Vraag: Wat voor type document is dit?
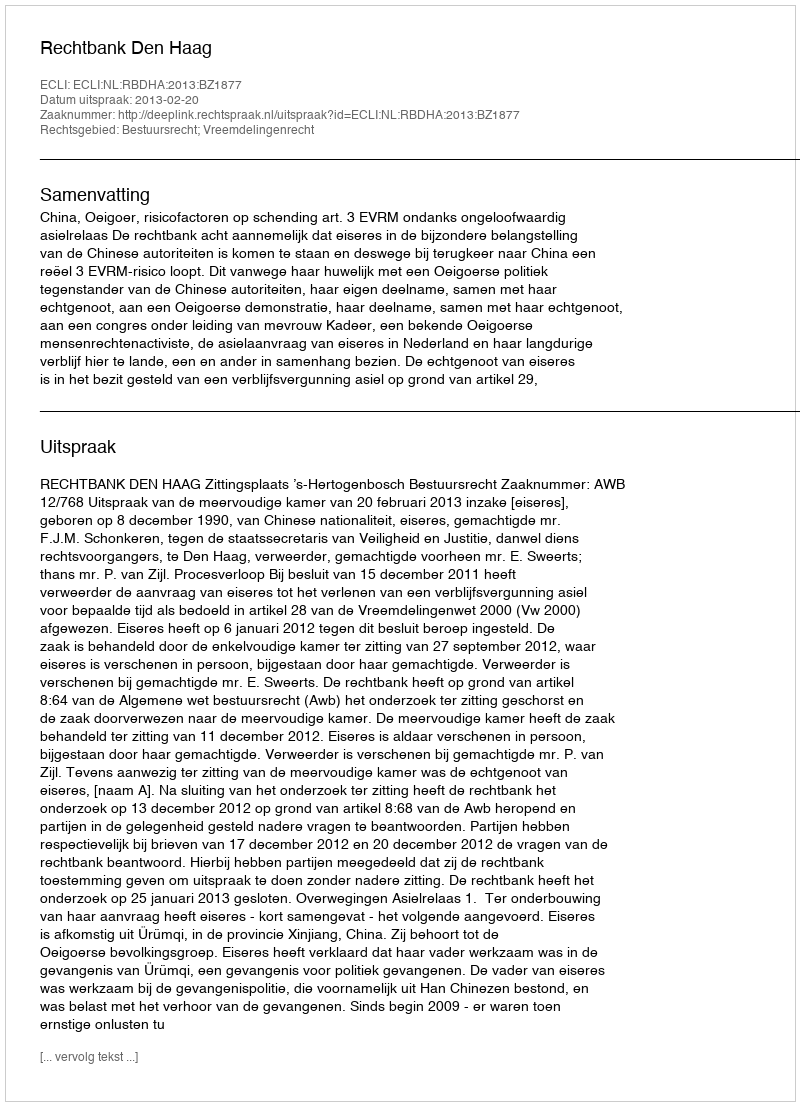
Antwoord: Uitspraak